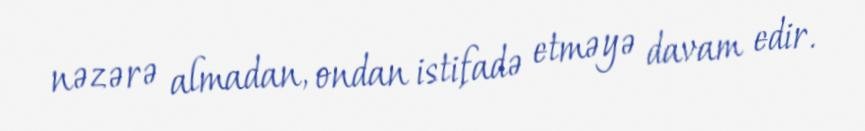
nəzərə almadan, ondan istifadə etməyə davam edir.